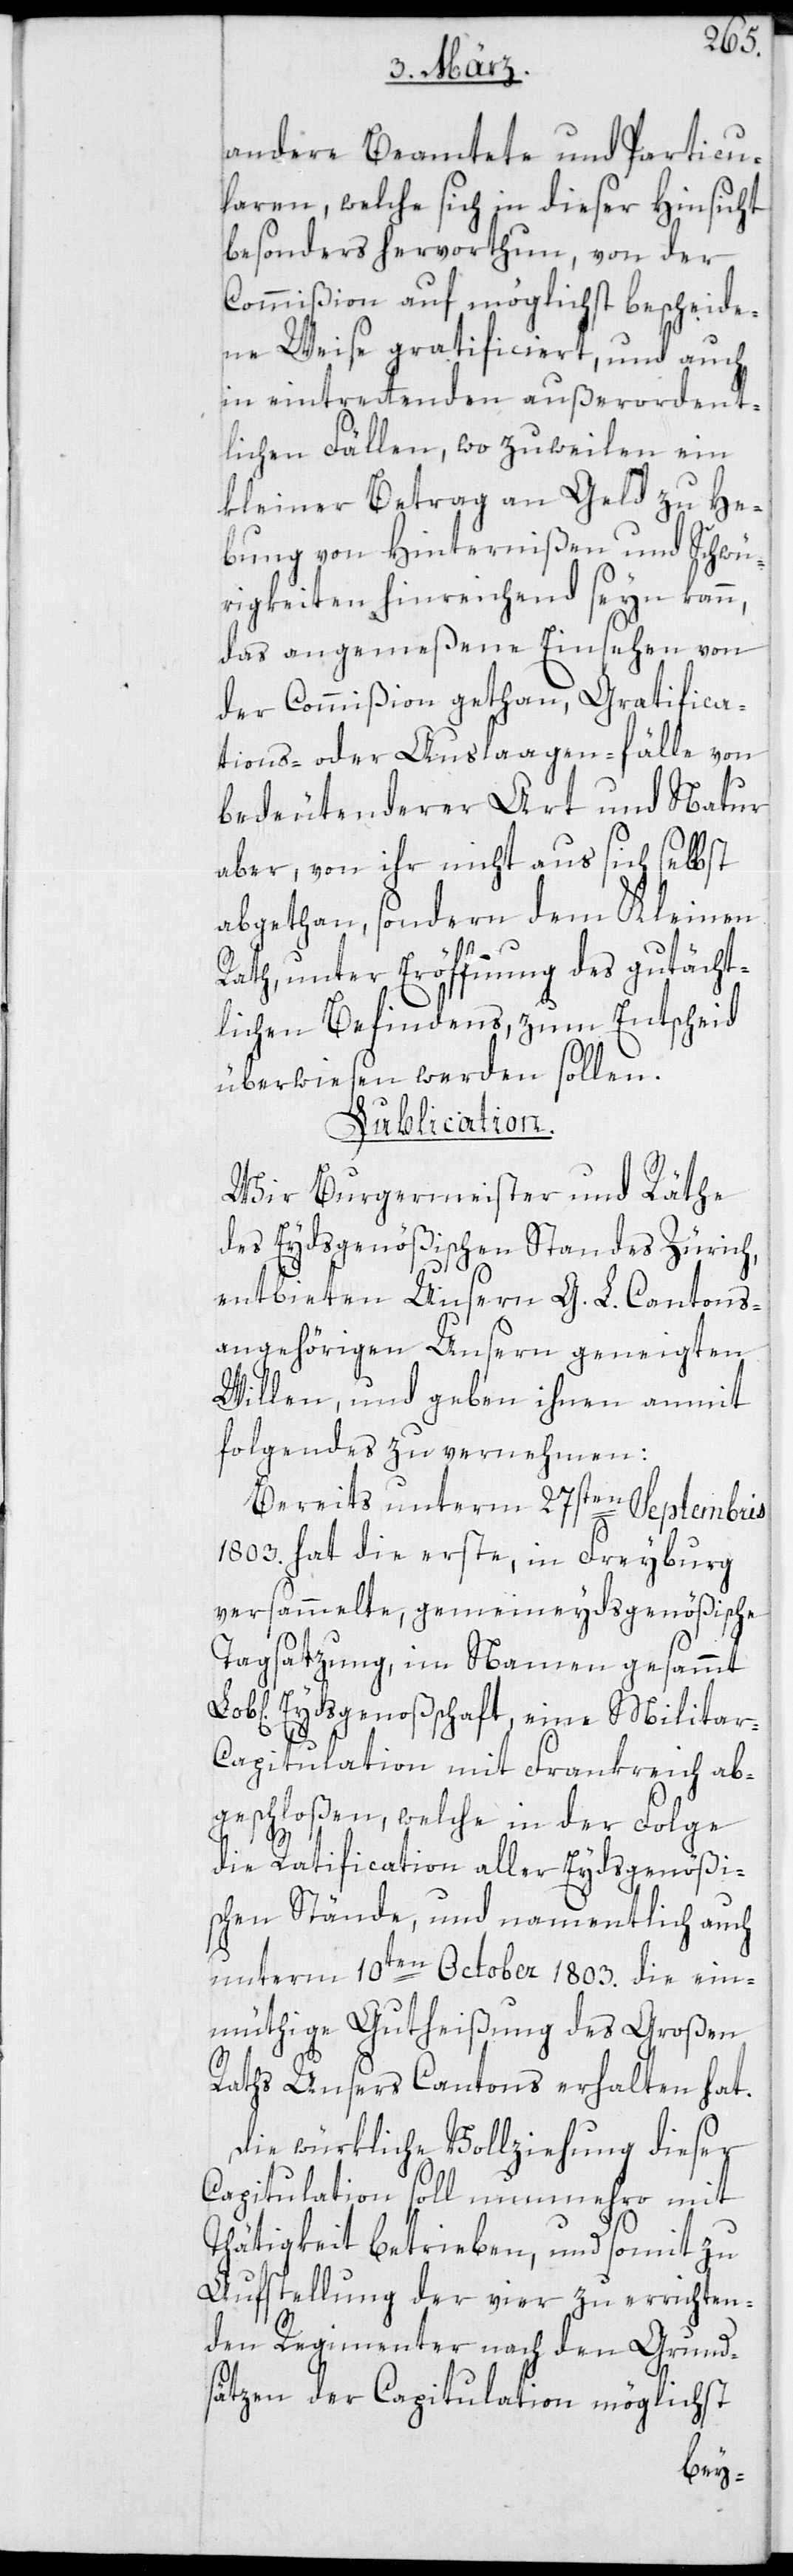
andere Beamtete und Particu¬
laren, welche sich in dieser Hinsicht
besonders hervorthun, von der
Commißion auf möglichst bescheide¬
ne Weise gratificiert, und auch
in eintretenden außerordent¬
lichen Fällen, wo zuweilen ein
kleiner Betrag an Geld zu He¬
bung von Hinternißen und Schwü¬
rigkeiten hinreichend seyn kann,
das angemeßene Einsehen von
der Commißion gethan, Gratifica¬
tions- oder Auslaagenfälle von
bedeutenderer Art und Natur
aber, von ihr nicht aus sich selbst
abgethan, sondern dem Kleinen
Rath unter Eröffnung des gutächt¬
lichen Befindens, zum Entscheid
überwiesen werden sollen.
Publication.
Wir Burgermeister und Räthe
des Eydsgenößischen Standes Zürich
entbieten Unsern G. L. Cantons¬
angehörigen Unsern geneigten
Willen, und geben ihnen anmit
Folgendes zu vernehmen:
Bereits unterm 27sten Septembris
1803. hat die erste, in Freyburg
versammelte gemeineydsgenößische
Tagsatzung, im Namen gesamt
Eidsgenoßenschaft, eine Milita¬
r-Capitulation mit Frankreich ab¬
geschloßen, welche in der Folge
die Ratification aller Eydsgenößi¬
schen Stände, und namentlich auch
unterm 10ten October 1803. die ein¬
müthige Gutheißung des Großen
Raths Unsers Cantons erhalten hat.
Die würkliche Vollziehung dieser
Capitulation soll nunmehro mit
Thätigkeit betrieben, und somit zu
Aufstellung der vier zu errichten¬
den Regimenter nach den Grund¬
sätzen der Capitulation möglichst